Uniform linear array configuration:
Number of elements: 32
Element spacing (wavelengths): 0.75
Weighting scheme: cosine
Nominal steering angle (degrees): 60
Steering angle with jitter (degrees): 59.872
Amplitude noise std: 0.05
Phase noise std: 0.05

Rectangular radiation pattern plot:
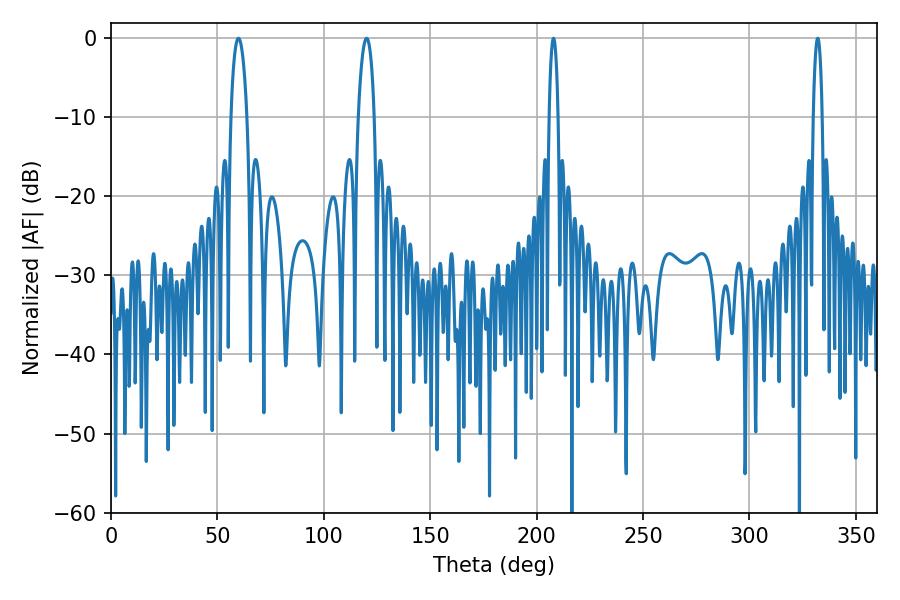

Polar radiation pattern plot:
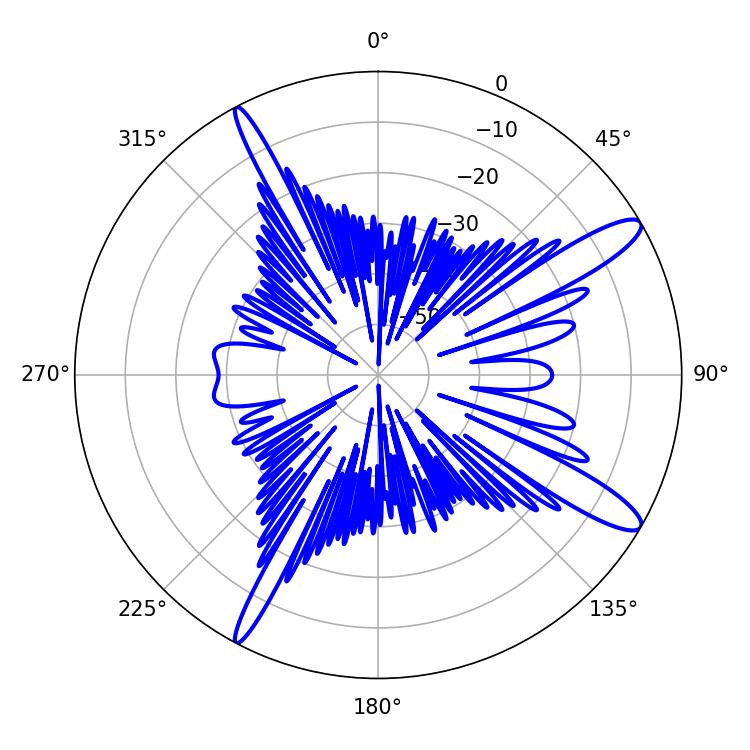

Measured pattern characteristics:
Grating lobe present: TRUE
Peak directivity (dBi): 13.031
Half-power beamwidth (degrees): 2.34
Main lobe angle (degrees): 207.9